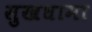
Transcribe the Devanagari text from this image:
सुखधामा